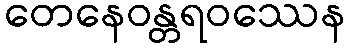
တေနေဝန္တရဝဿေန